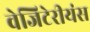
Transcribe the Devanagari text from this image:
वेजिटेरीयंस